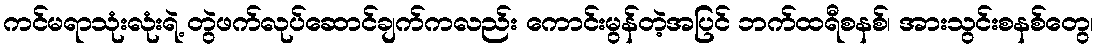
ကင်မရာသုံးလုံးရဲ့ တွဲဖက်လုပ်ဆောင်ချက်ကလည်း ကောင်းမွန်တဲ့အပြင် ဘက်ထရီစနစ်၊ အားသွင်းစနစ်တွေ၊